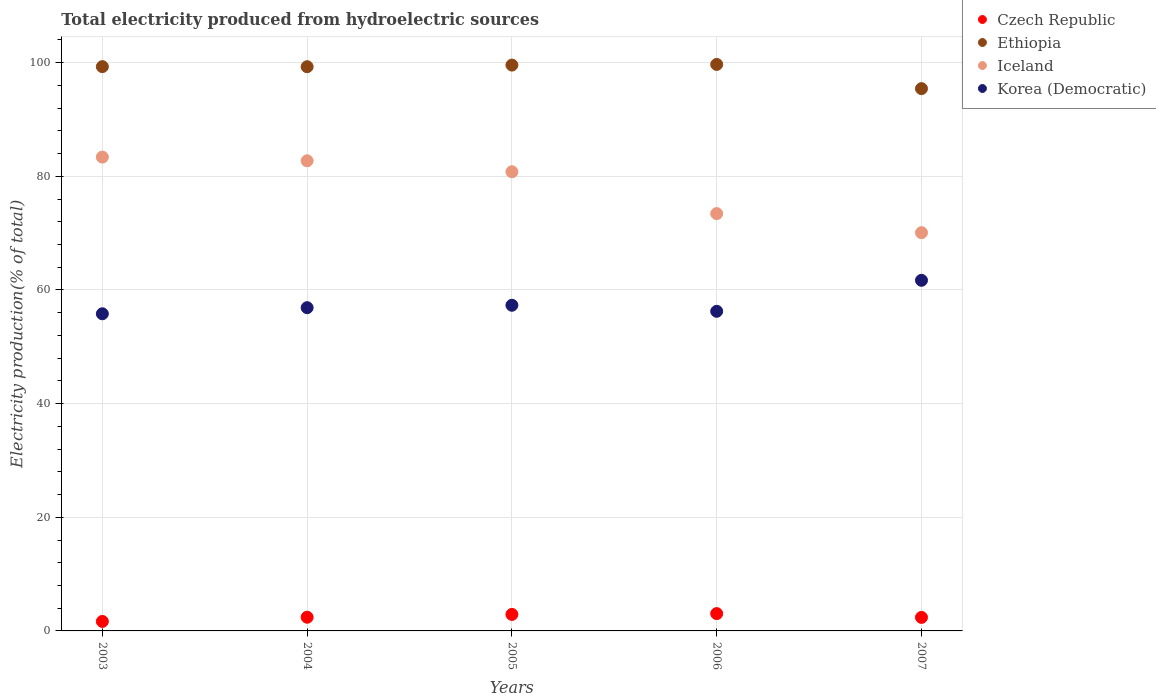
| Years | Czech Republic | Ethiopia | Iceland | Korea (Democratic) |
 | --- | --- | --- | --- | --- |
 | 2003 | 1.67 | 99.3 | 83.4 | 55.8 |
 | 2004 | 2.41 | 99.3 | 82.7 | 56.9 |
 | 2005 | 2.9 | 99.6 | 80.8 | 57.3 |
 | 2006 | 3.05 | 99.7 | 73.4 | 56.2 |
 | 2007 | 2.38 | 95.4 | 70.1 | 61.7 |